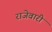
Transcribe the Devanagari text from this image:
राजेवारी